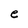
Character: e